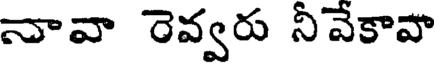
నావా రెవ్వరు నీవేకావా